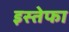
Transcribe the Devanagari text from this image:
इस्तेफा